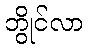
ဘွိုင်လာ